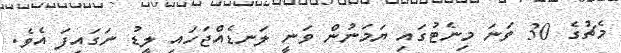
މެޗުގެ 30 ވަނަ މިނެޓުގައި ޔަމަނުން ވަނީ ލަނޑެއްޖަހައި ލީޑު ނަގައިފަ އެވެ.